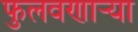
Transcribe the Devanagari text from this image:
फुलवणार्‍या